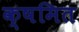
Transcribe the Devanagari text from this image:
क्षमित